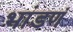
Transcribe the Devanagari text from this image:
भांडणं